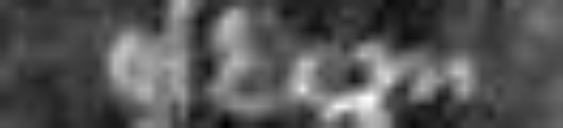
eidem